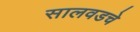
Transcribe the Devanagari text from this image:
सालवडचे